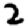
Digit: 2